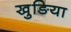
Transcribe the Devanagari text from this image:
खुङिया